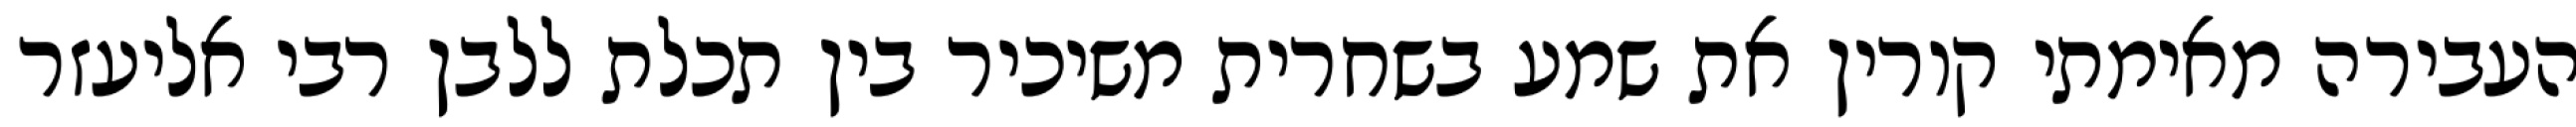
העבירה מאימתי קורין את שמע בשחרית משיכיר בין תכלת ללבן רבי אליעזר